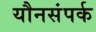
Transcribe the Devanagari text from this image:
यौनसंपर्क